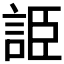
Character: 𧧰